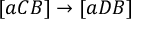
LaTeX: [ a C B ] \rightarrow [ a D B ]